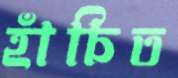
হাঁচিত